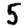
Digit: 5